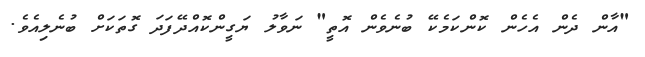
"އާން ދެން އެހެން ކޮންކަމެކޭ ބުނެވެން އޮތީ" ނަވާލު ޔަގީންކޮއްދޭފަދަ ގޮތަކަށް ބުނެލިއެވެ.